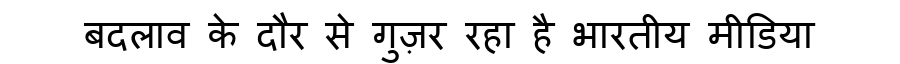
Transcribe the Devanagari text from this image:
बदलाव के दौर से गुज़र रहा है भारतीय मीडिया